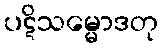
ပဋိသမ္မောဒတု